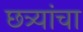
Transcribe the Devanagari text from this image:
छत्र्यांचा